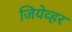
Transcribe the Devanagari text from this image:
जियेव्हर